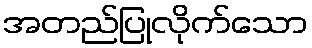
အတည်ပြုလိုက်သော